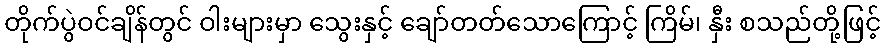
တိုက်ပွဲဝင်ချိန်တွင် ဝါးများမှာ သွေးနှင့် ချော်တတ်သောကြောင့် ကြိမ်၊ နှီး စသည်တို့ဖြင့်